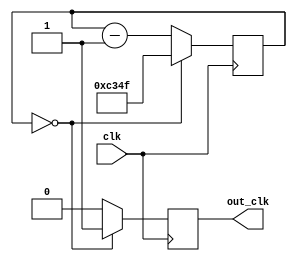
//Clock divider
module divider_50000 (clk, out_clk);
	input clk;
	output out_clk;
	parameter max_value = 49999;
	reg [15:0] count;
	reg out_clk;

	initial out_clk = 1'b0;
	
	//Sends a clock pulse lasting one clock cycle when count is zero, restarts by setting count to max value
	always @(posedge clk)
	if (count == 10'b0) begin
		out_clk <= 1'b1;
		count <= max_value;
		end
		
	else begin
		count <= count - 1'b1;
		out_clk <= 1'b0;
	end
endmodule // divider_50000